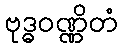
ဗုဒ္ဓဝဏ္ဏိတံ